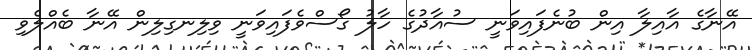
އޭނާގެ އާއިލާ އިން ބުނެފައިވަނީ ސުއާދުގެ ހާލު ގޯސްވެފައިވަނީ ވިލިނގިލިން އޭނާ ބެއްލެވި